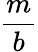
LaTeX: \frac{m}{b}